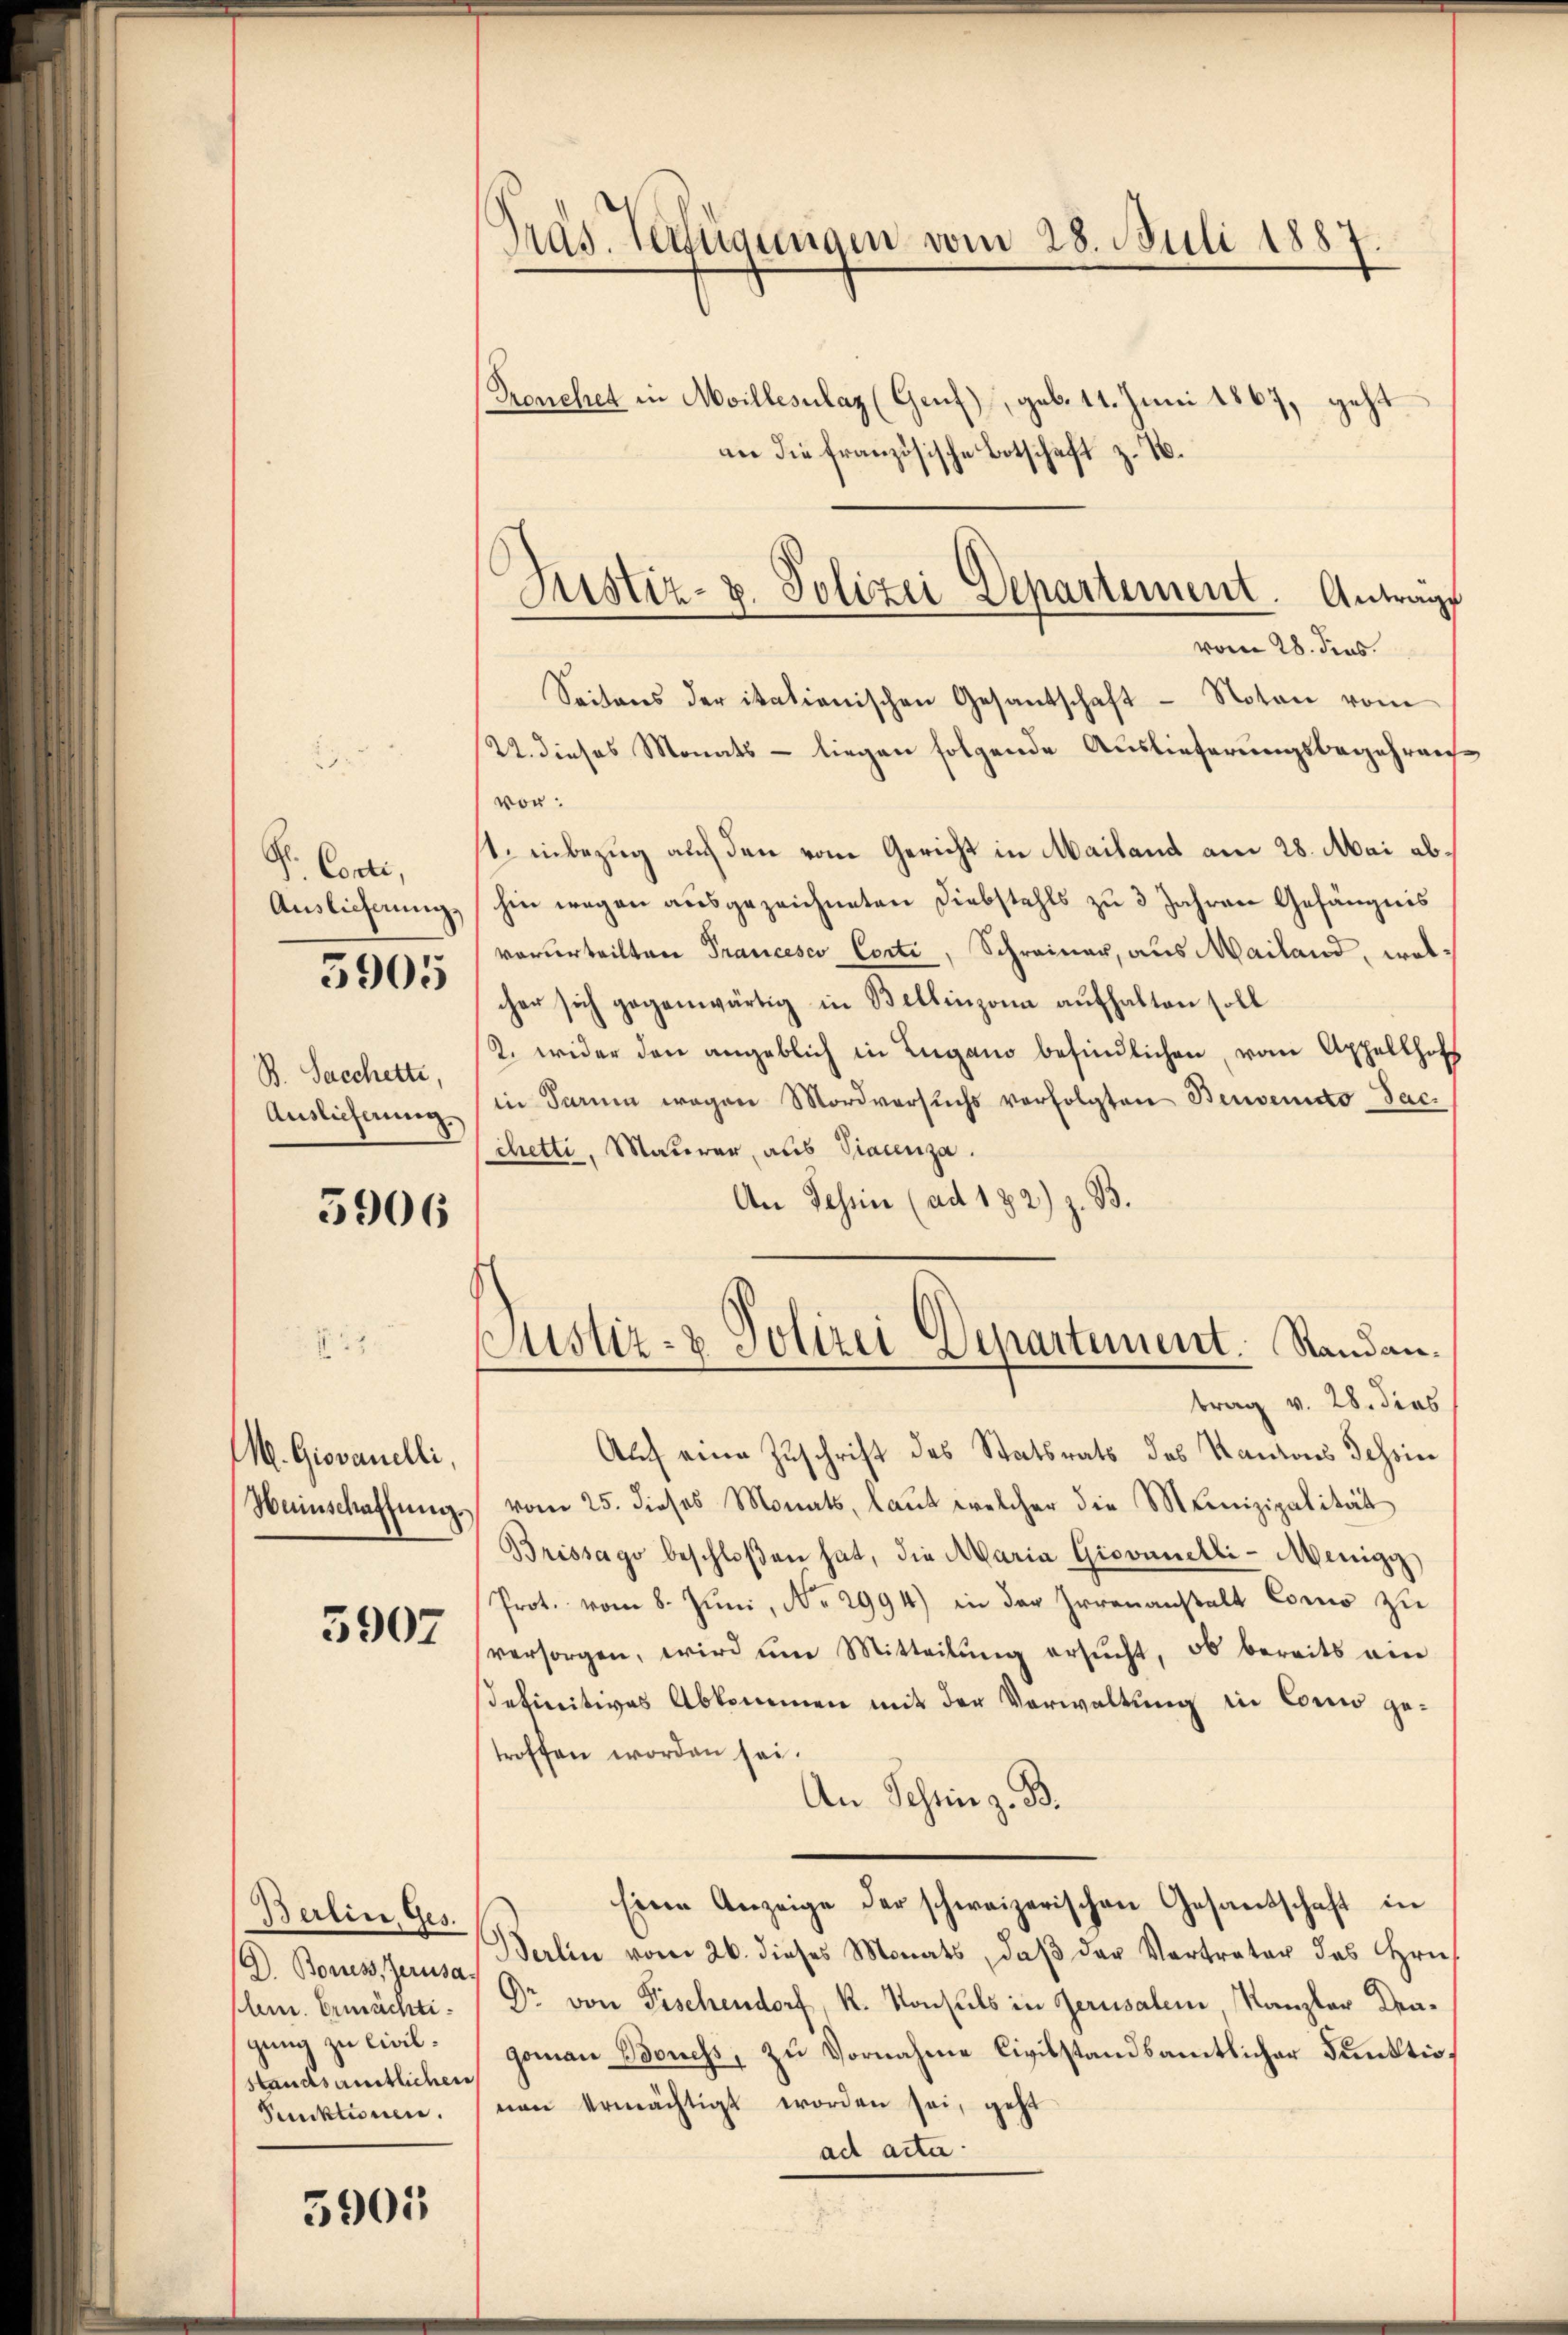
S. Conti,
Auslieferung
B. Sacchette,
Auslieferung.

5905

5906

M. Giovanelli
Weinschaftung.

3907

Berlin, Ges.
A. Boruss, Jerusa
Clem. Ermächti
gung zu Civilstandsamtlichen
Punktionen.

5905

Präs. Verfügungen vom 28. Juli 1887
Prenchet in Meillesalaz (Genf), geb. 11. Juni 1867, geht
an die französische Botschaft z. B.

Seitens der itationischen Gesantschaft - Noten vom
22. dieses Monats - liegen folgende Auslieferungsbegehreng
von:
1. inbezug auf den vom Gericht in Mailand am 28. Mai abhin wegen ausgezeichneten Diebstahls zu 3 Jahren Gefängnis
vorurteilten Francesco Conti, Schreiner, aus Mailand, wolcher sich gegenwärtig in Bellinzona aufhalten soll
2. wider den angeblich in Zugano befindlichen, vom Appellhofs
in Parum wegen Mordversuchs verfolgten Benvenito-Sac.
chetti, Mauerer, aus Viacenza.
An Tessin (ad 182) z. B.
trag v. 28. dies
Auf eine Zuschrift des Statsrats des Kantons Tessin
vom 25. dieses Monats, laut welcher die Meinizipalität
Brissago beschloßen hat, die Maria Giovanelli-Menige
Prot. vom 8. Jŭni, No. 2994) in der Irrenanstalt Como zu
versorgen, wird ŭm Mitteilŭng ersŭcht, ob bereits ein
sdefinitives Abkommen mit der Verwaltung in Como getroffen worden sei.
An Schein z. B.
Eine Anzeige der schweizerischen Gesandschaft in
Berlin vom 26. dieses Monats, daβ der Vertreter des Hrn.
Dr von Fischendorf, R. Konsuls in Jerusalem, Kanzler Dragoman Bones, zu Vornahme Civilstandsamtlicher Funktionen ermächtigt worden sei, geht
ad acta.

Justiz- u. Polizei Departement. Antrage
vom 28. dies

Justiz- & Polizei Departement. Randan¬